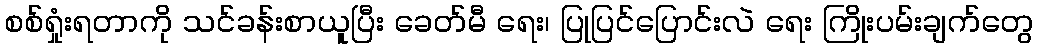
စစ်ရှုံးရတာကို သင်ခန်းစာယူပြီး ခေတ်မီ ရေး၊ ပြုပြင်ပြောင်းလဲ ရေး ကြိုးပမ်းချက်တွေ